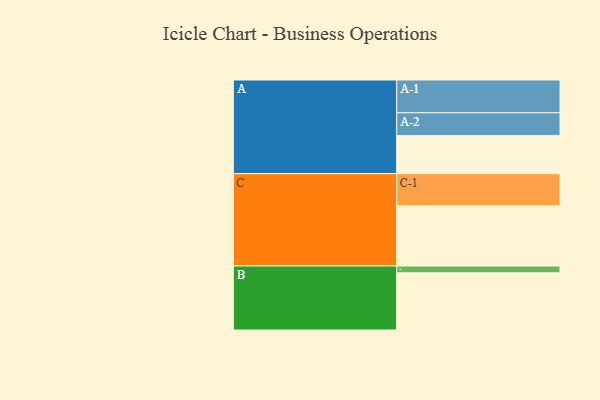
{"axis": {"x": "Segment", "y": "Value"}, "legend": ["", "A", "B", "C"], "data": [{"x": "A", "y": 318, "type": ""}, {"x": "B", "y": 478, "type": ""}, {"x": "C", "y": 504, "type": ""}, {"x": "A-1", "y": 274, "type": "A"}, {"x": "A-2", "y": 191, "type": "A"}, {"x": "B-1", "y": 57, "type": "B"}, {"x": "C-1", "y": 268, "type": "C"}]}